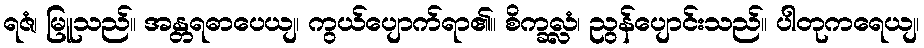
ရဇံ၊ မြူသည်။ အန္တရဓာပေယျ၊ ကွယ်ပျောက်ရာ၏။ စိက္ခလ္လံ၊ ညွန်ပျောင်းသည်။ ပါတုကရေယျ၊